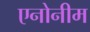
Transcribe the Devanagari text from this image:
एनोनीम